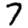
Digit: 7